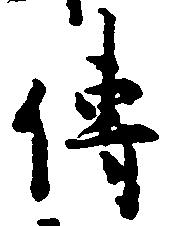
伝